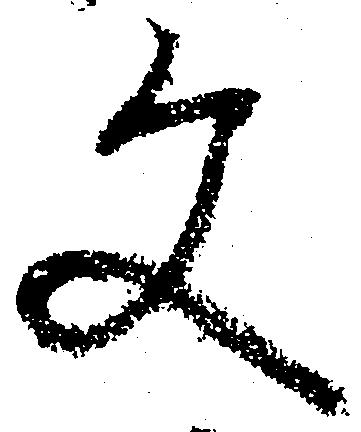
文